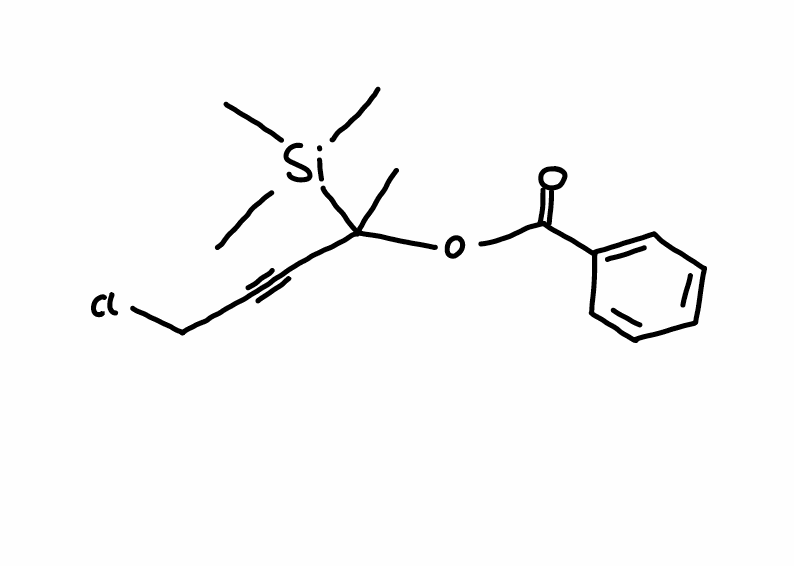
Simplified molecular-input line-entry system (SMILES) notation of the given molecule:
CC(C#CCCl)(OC(=O)C1=CC=CC=C1)[Si](C)(C)C